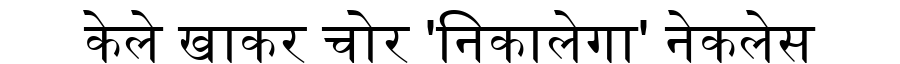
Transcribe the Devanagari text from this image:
केले खाकर चोर 'निकालेगा' नेकलेस